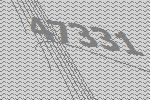
47331